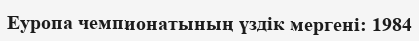
Еуропа чемпионатының үздік мергені: 1984